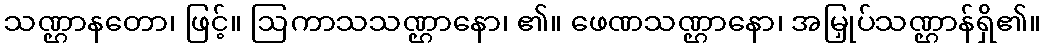
သဏ္ဌာနတော၊ ဖြင့်။ ဩကာသသဏ္ဌာနော၊ ၏။ ဖေဏသဏ္ဌာနော၊ အမြှုပ်သဏ္ဌာန်ရှိ၏။